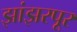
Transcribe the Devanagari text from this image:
झांझरपूर